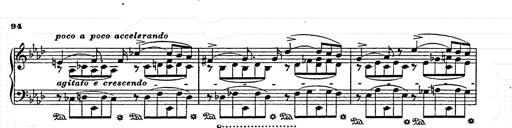
Title: AnnÃ©es de pÃ¨lerinage II
Composer: Franz Liszt